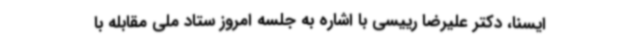
ایسنا، دکتر علیرضا رییسی با اشاره به جلسه امروز ستاد ملی مقابله با